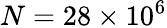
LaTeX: N=28\times 10^{6}